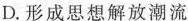
D.形成思想解放潮流